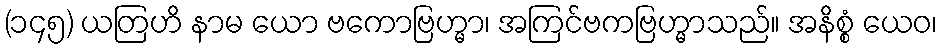
(၁၄၅) ယတြဟိ နာမ ယော ဗကောဗြဟ္မာ၊ အကြင်ဗကဗြဟ္မာသည်။ အနိစ္စံ ယေဝ၊